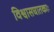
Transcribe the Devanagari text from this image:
विश्वासघातकाः